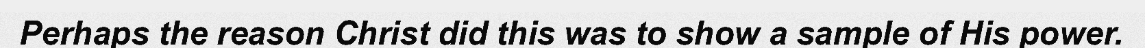
Perhaps the reason Christ did this was to show a sample of His power.